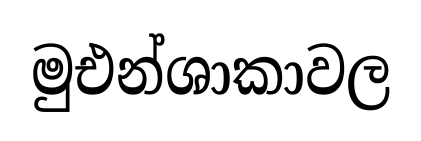
මුඑන්ශාකාවල